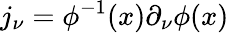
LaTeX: j_{\nu}=\phi^{-1}(x)\partial_{\nu}\phi(x)